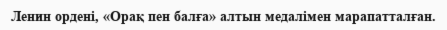
Ленин ордені, «Орақ пен балға» алтын медалімен марапатталған.